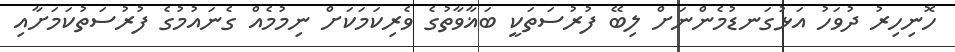
ހޮނިހިރު ދުވަހު އަޅުގަނޑުމެންނަށް ލިބޭ ފުރުސަތަކީ ބަޣާވާތުގެ ވެރިކަމަކަށް ނިމުމެއް ގެނައުމުގެ ފުރުސަތުކަމަށާއި